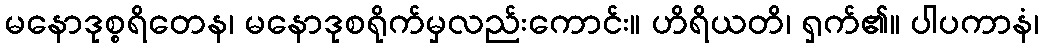
မနောဒုစ္စရိတေန၊ မနောဒုစရိုက်မှလည်းကောင်း။ ဟိရိယတိ၊ ရှက်၏။ ပါပကာနံ၊